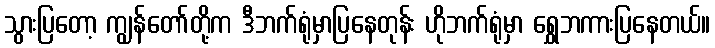
သွားပြတော့ ကျွန်တော်တို့က ဒီဘက်ရုံမှာပြနေတုန်း ဟိုဘက်ရုံမှာ ရွှေဘကားပြနေတယ်။